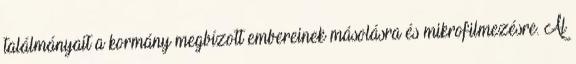
találmányait a kormány megbízott embereinek másolásra és mikrofilmezésre. Al